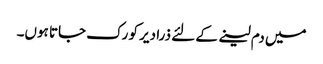
میں دم لینے کے لئے ذرا دیر کو رک جاتا ہوں۔